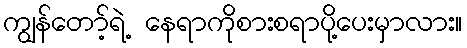
ကျွန်တော့်ရဲ့ နေရာကိုစားစရာပို့ပေးမှာလား။